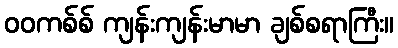
ဝဝကစ်စ် ကျန်းကျန်းမာမာ ချစ်စရာကြီး။